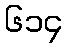
၆၁၄